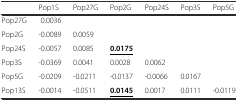
|  | Pop1S | Pop27G | Pop2G | Pop24S | Pop3S | Pop5G |
 | --- | --- | --- | --- | --- | --- | --- |
 | Pop27G | 0.0036 |  |  |  |  |  |
 | Pop2G | -0.0089 | 0.0059 |  |  |  |  |
 | Pop24S | -0.0057 | 0.0085 | <underline>0.0175</underline> |  |  |  |
 | Pop3S | -0.0369 | 0.0041 | 0.0028 | 0.0062 |  |  |
 | Pop5G | -0.0209 | -0.0211 | -0.0137 | -0.0066 | 0.0167 |  |
 | Pop13S | -0.0014 | -0.0511 | <underline>0.0145</underline> | 0.0017 | 0.0111 | -0.0119 |